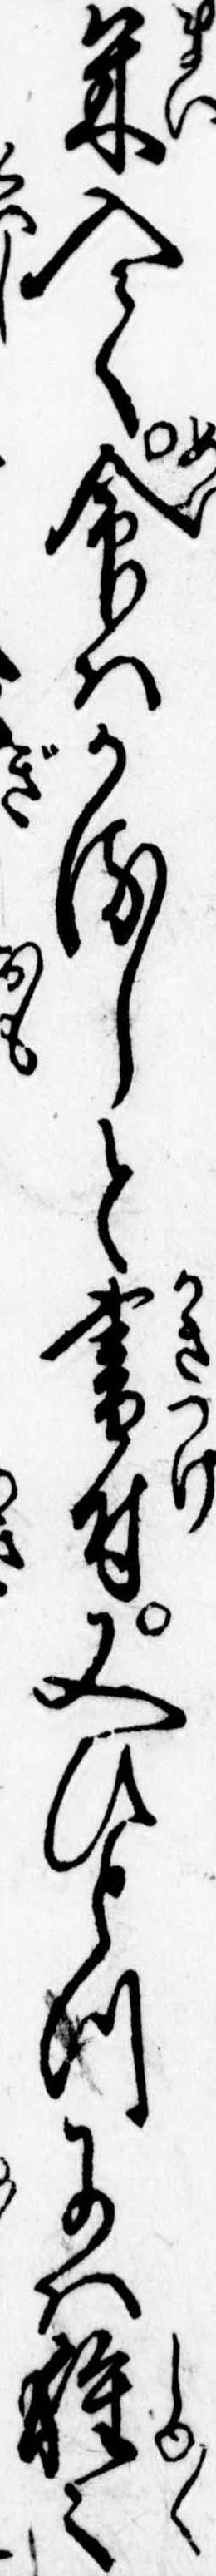
米入て命はかるしと書付又ひとつには種々